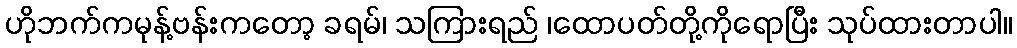
ဟိုဘက်ကမုန့်ဗန်းကတော့ ခရမ်၊ သကြားရည် ၊ထောပတ်တို့ကိုရောပြီး သုပ်ထားတာပါ။